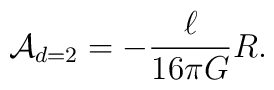
{\cal A}_{d=2} = -\frac{\ell}{16 \pi G}R.